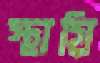
স্থায়ি